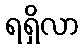
ရရှိလာ